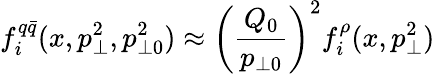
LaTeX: f_{i}^{q\bar{q}}(x,p_{\perp}^{2},p_{\perp 0}^{2})\approx\left(\frac{Q_{0}}{p_{\perp 0}}\right)^{2}f_{i}^{\rho}(x,p_{\perp}^{2})